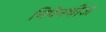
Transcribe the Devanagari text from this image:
निपेनथीज